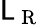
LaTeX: \mathsf{L}_{\mathrm{{~R~}}}